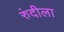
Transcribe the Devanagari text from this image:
रुंदीला